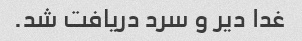
غدا دیر و سرد دریافت شد.